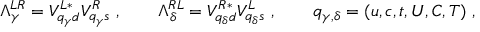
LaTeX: \Lambda _ { \gamma } ^ { L R } = V _ { { q _ { \gamma } } d } ^ { L * } V _ { { q _ { \gamma } } s } ^ { R } \ , \qquad \Lambda _ { \delta } ^ { R L } = V _ { { q _ { \delta } } d } ^ { R * } V _ { { q _ { \delta } } s } ^ { L } \ , \qquad q _ { \gamma , \delta } = ( u , c , t , U , C , T ) \ ,